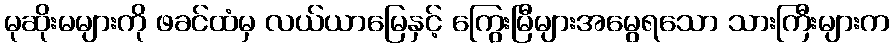
မုဆိုးမများကို ဖခင်ထံမှ လယ်ယာမြေနှင့် ကြွေးမြီများအမွေရသော သားကြီးများက